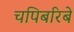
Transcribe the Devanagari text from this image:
चपिबरिबे